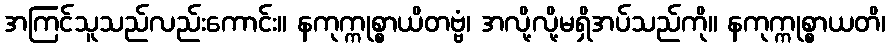
အကြင်သူသည်လည်းကောင်း။ နကုက္ကုစ္စာယိတဗ္ဗံ၊ အလို့လို့မရှိအပ်သည်ကို။ နကုက္ကုစ္စာယတိ၊